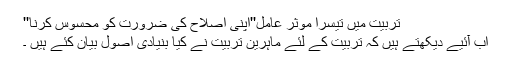
تربیّت میں تیسرا موثر عامل''اپنی اصلاح کی ضرورت کو محسوس کرنا''
اب آئیے دیکھتے ہیں کہ تربیّت کے لئے ماہرین تربیّت نے کیا بنیادی اصول بیان کئے ہیں ۔